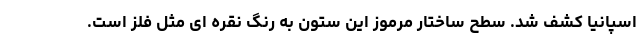
اسپانیا کشف شد. سطح ساختار مرموز این ستون به رنگ نقره ای مثل فلز است.